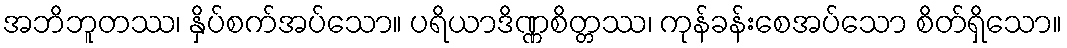
အဘိဘူတဿ၊ နှိပ်စက်အပ်သော။ ပရိယာဒိဏ္ဏစိတ္တဿ၊ ကုန်ခန်းစေအပ်သော စိတ်ရှိသော။